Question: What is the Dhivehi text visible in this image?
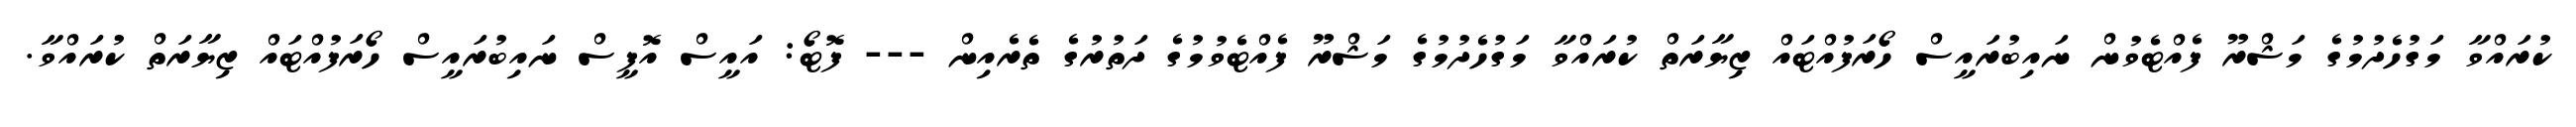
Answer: ކުރައްވާ މަގުހެދުމުގެ މަޝްރޫ ފެއްޓެވުން ނައިބުރައީސް ހޯރަފުއްޓައް ޒިޔާރަތް ކުރައްވާ މަގުހެދުމުގެ މަޝްރޫ ފެއްޓެވުމުގެ ދަތުރުގެ ތެރެއިން --- ފޮޓޯ: އައީސް އޮފީސް ނައިބުރައީސް ހޯރަފުއްޓައް ޒިޔާރަތް ކުރައްވާ.